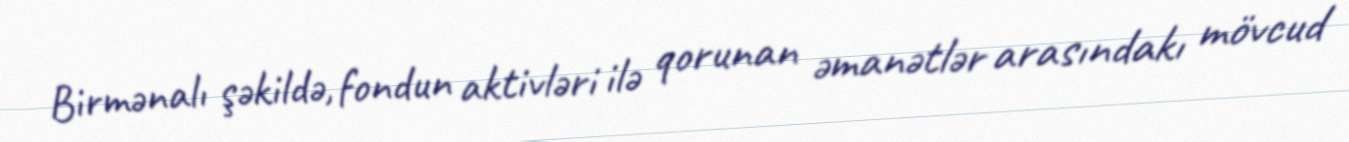
Birmənalı şəkildə, fondun aktivləri ilə qorunan əmanətlər arasındakı mövcud